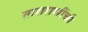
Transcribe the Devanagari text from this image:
ताराराणींची